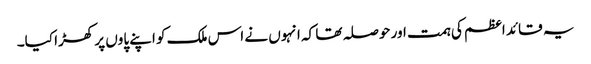
یہ قائد اعظم کی ہمت اور حوصلہ تھا کہ انہوں نے اس ملک کو اپنے پاوں پر کھڑا کیا۔